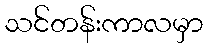
သင်တန်းကာလမှာ